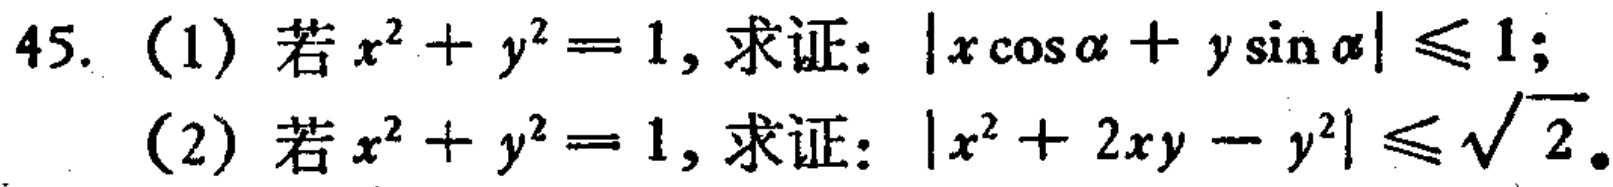
45. (1) 若$x^{2}+y^{2}=1$, 求证: $|x\cos\alpha + y\sin\alpha|\leq1$;

(2) 若$x^{2}+y^{2}=1$, 求证: $|x^{2}+2xy - y^{2}|\leq\sqrt{2}$.